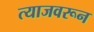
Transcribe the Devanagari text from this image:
त्याजवरून